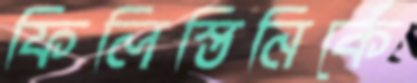
ফিলিস্তিনিকে